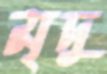
মৃদু